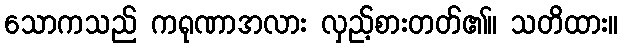
သောကသည် ကရုဏာအလား လှည့်စားတတ်၏။ သတိထား။